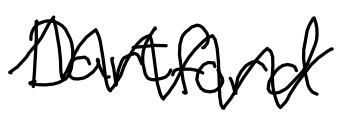
Text: Dartford
Cross-out: mix
Writing tool: digital_black